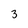
Character: 3